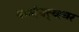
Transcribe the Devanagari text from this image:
कादंबर्‍यावर